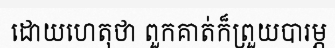
ដោយហេតុថា ពួកគាត់ក៏ព្រួយបារម្ភ